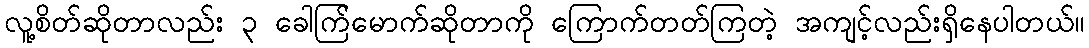
လူ့စိတ်ဆိုတာလည်း ၃ ခေါက်ြမောက်ဆိုတာကို ကြောက်တတ်ကြတဲ့ အကျင့်လည်းရှိနေပါတယ်။